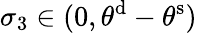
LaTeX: \sigma_{3}\in(0,\theta^{\mathrm{d}}-\theta^{\mathrm{s}})